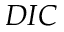
D I C